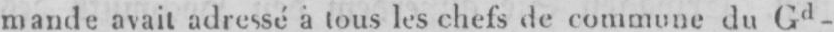
mande avait adressé à tous les chefs des commune du Gd-